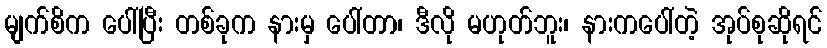
မျက်စိက ပေါ်ပြီး တစ်ခုက နားမှ ပေါ်တာ၊ ဒီလို မဟုတ်ဘူး၊ နားကပေါ်တဲ့ အုပ်စုဆိုရင်